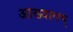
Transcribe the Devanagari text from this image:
आख्यानम्